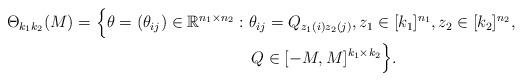
LaTeX: \begin{align*}\begin{aligned}\Theta_{k_1k_2}(M) = \Big\{\theta = (\theta_{ij})\in\mathbb{R}^{n_1\times n_2} & : \theta_{ij}=Q_{z_1(i)z_2(j)}, z_1\in[k_1]^{n_1},z_2\in[k_2]^{n_2},\\& ~~~ Q\in[-M,M]^{k_1\times k_2}\Big\}.\end{aligned}\end{align*}